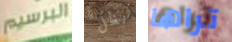
البرسيم نظل تراها